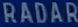
RADAR